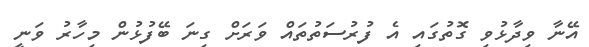
އޭނާ ވިދާޅުވި ގޮތުގައި އެ ފުރުސަތުތައް ވަރަށް ގިނަ ބޭފުޅުން މިހާރު ވަނީ